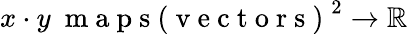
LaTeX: x\cdot y\mathrm{~\ m~a~p~s~(~v~e~c~t~o~r~s~)~}^{2}\to\mathbb{R}